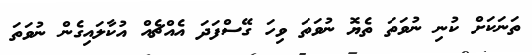
ތަނަކަށް ކުނި ނުވަތަ ތެޔޮ ނުވަތަ ވިހަ ގޭސްފަދަ އެއްޗެއް އުކާލައިގެން ނުވަތަ